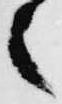
之